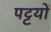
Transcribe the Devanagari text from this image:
पट्टयों